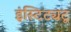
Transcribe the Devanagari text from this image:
इंस्टिट्यटू